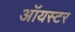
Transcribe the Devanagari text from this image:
ऑयस्टर